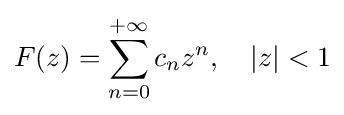
F(z)=\sum _{n=0}^{+\infty }c_{n}z^{n},\quad |z|<1